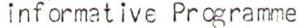
informative Programme